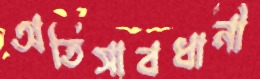
অতিসাবধানী